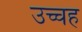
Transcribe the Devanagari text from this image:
उच्चह